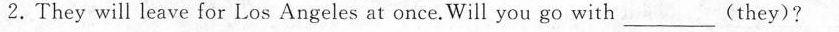
2.They will leave for Los Angeles at once. Will you go with___(they)?